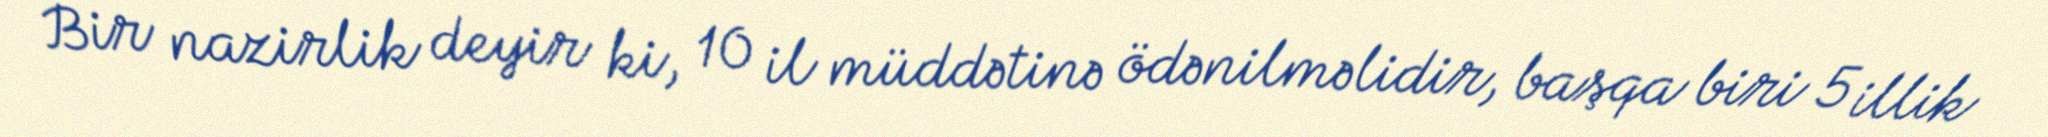
Bir nazirlik deyir ki, 10 il müddətinə ödənilməlidir, başqa biri 5 illik